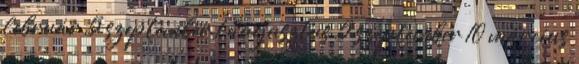
február 5 szeptember 1 augusztus 5 szeptember 10 március